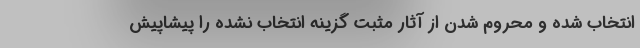
انتخاب شده و محروم شدن از آثار مثبت گزینه انتخاب نشده را پیشاپیش